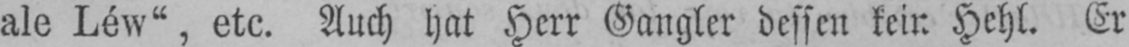
ale Léw“, etc. Auch hat Herr Gangler dessen kein Hehl. Er